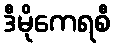
ဒီမိုကေရစီ